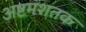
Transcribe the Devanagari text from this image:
अष्टमशतक